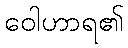
ဝေါဟာရ၏